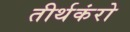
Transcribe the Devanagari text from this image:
तीर्थकंरो